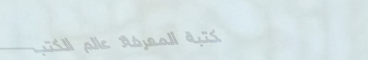
مكتبة المعرفة: عالم الكتب